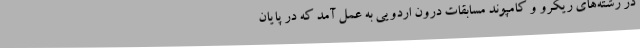
در رشته‌های ریکرو و کامپوند مسابقات درون اردویی به عمل آمد که در پایان